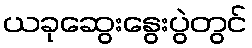
ယခုဆွေးနွေးပွဲတွင်